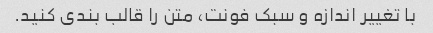
با تغییر اندازه و سبک فونت، متن را قالب بندی کنید.